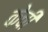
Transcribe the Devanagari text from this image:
केची